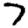
Digit: 7